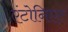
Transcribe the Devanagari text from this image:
एंटोनिएट